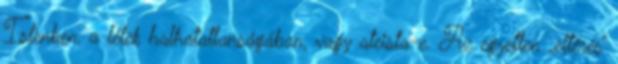
Istenben, a lélek halhatatlanságában, vagy ateista-e. Az egyetlen „eltérés”